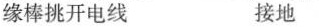
缘棒挑开电线 接地